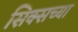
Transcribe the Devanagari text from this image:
सिक्सच्या